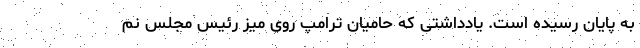
به پایان رسیده است. یادداشتی که حامیان ترامپ روی میز رئیس مجلس نم